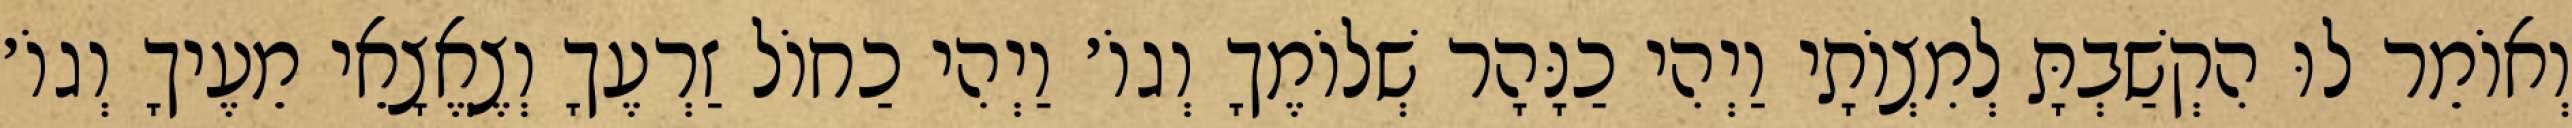
וְאוֹמֵר לוּ הִקְשַׁבְתָּ לְמִצְוֹתָי וַיְהִי כַנָּהָר שְׁלוֹמֶךָ וְגוֹ׳ וַיְהִי כַחוֹל זַרְעֶךָ וְצֶאֱצָאֵי מֵעֶיךָ וְגוֹ׳